Civil Veterinary Dept. Assam report 1927-50 - 1927-1950
Year: 1927
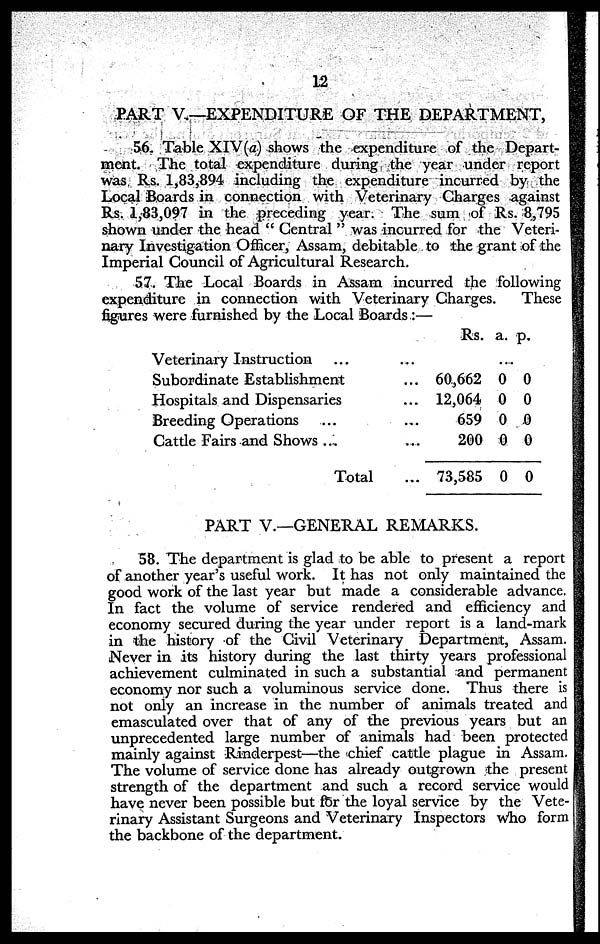
12
PART V.—EXPENDITURE OF THE DEPARTMENT,
56. Table XIV(a) shows the expenditure of the Depart-
ment. The total expenditure during the year under report
was Rs. 1,83,894 including the expenditure incurred by the
Local Boards in connection with Veterinary Charges against
Rs. 1,83,097 in the preceding year. The sum of Rs. 8,795
shown under the head "Central" was incurred for the Veteri-
nary Investigation Officer, Assam, debitable to the grant of the
Imperial Council of Agricultural Research.
57. The Local Boards in Assam incurred the following
expenditure in connection with Veterinary Charges.
These
figures were furnished by the Local Boards :—
Veterinary Instruction
......
Subordinate Establishment...
Hospitals and Dispensaries...
Breeding Operations
......
Cattle Fairs and Shows ......
Total...
Rs.
...
60,662
12,064
659
200
73,585
a.
0
0
0
0
0
p.
0
0
0
0
0
PART V.—GENERAL REMARKS.
58. The department is glad to be able to present a report
of another year's useful work. It has not only maintained the
good work of the last year but made a considerable advance.
In fact the volume of service rendered and efficiency and
economy secured during the year under report is a land-mark
in the history of the Civil Veterinary Department, Assam.
Never in its history during the last thirty years professional
achievement culminated in such a substantial and permanent
economy nor such a voluminous service done. Thus there is
not only an increase in the number of animals treated and
emasculated over that of any of the previous years but an
unprecedented large number of animals had been protected
mainly against Rinderpest—the chief cattle plague in Assam.
The volume of service done has already outgrown the present
strength of the department and such a record service would
have never been possible but for the loyal service by the Vete-
rinary Assistant Surgeons and Veterinary Inspectors who form
the backbone of the department.